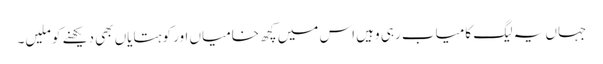
جہاں یہ لیگ کامیاب رہی وہیں اس میں کچھ خامیاں اور کوہتایاں بھی دیکھنے کو ملیں۔